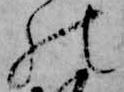
の